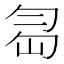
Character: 𠣢